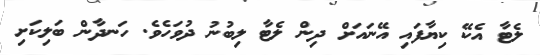
ލެޓާ އެކޭ ކިޔާފައި އޭނައަށް ދިން ލެޓާ ލިބުނު ދުވަހެވެ. ހަނދާން ބަލިކަށި